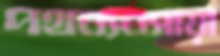
পথব্যবসায়ী